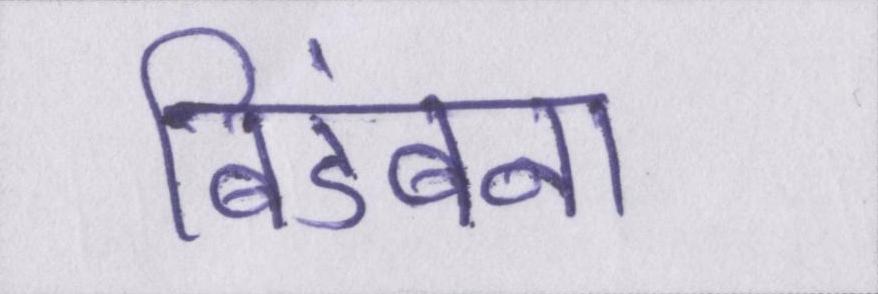
बिडंबना